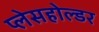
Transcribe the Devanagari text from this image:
प्लेसहोल्डर